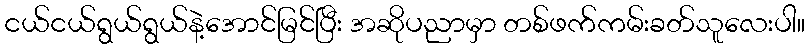
ငယ်ငယ်ရွယ်ရွယ်နဲ့အောင်မြင်ပြီး အဆိုပညာမှာ တစ်ဖက်ကမ်းခတ်သူလေးပါ။